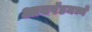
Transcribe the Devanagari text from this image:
आयपॅडमध्ये